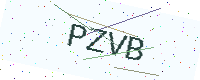
Text: PZVB